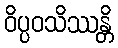
ဝိပ္ပဝသိဿန္တိ